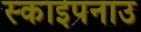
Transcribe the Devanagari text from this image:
स्काइपनाउ